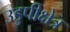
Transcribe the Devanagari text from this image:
उडुपीक्षेत्र